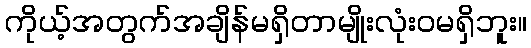
ကိုယ့်အတွက်အချိန်မရှိတာမျိုးလုံးဝမရှိဘူး။